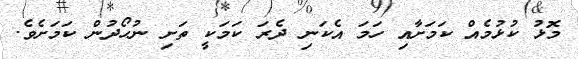
މޮޅު ކުޅުމެއް ކަމަށާއި ހަމަ އެކަނި ދެރަ ކަމަކީ ތަށި ނުހޯދުން ކަމަށެވެ.